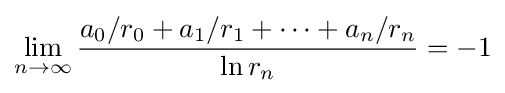
\lim _{n\to \infty }{\frac {a_{0}/r_{0}+a_{1}/r_{1}+\cdots +a_{n}/r_{n}}{\ln r_{n}}}=-1